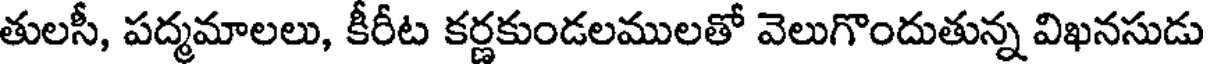
తులసీ, పద్మమాలలు, కీరీట కర్ణకుండలములతో వెలుగొందుతున్న విఖనసుడు